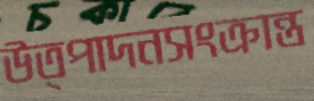
উত্পাদনসংক্রান্ত